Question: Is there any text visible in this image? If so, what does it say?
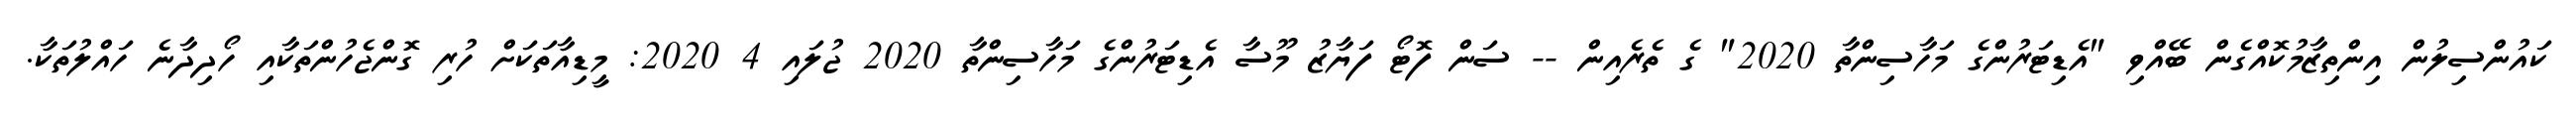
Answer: ކައުންސިލުން އިންތިޒާމުކޮއްގެން ބޭއްވި "އެޑިޓަރުންގެ މަހާސިންތާ 2020" ގެ ތެރެއިން -- ސަން ފޮޓޯ ފަޔާޒު މޫސާ އެޑިޓަރުންގެ މަހާސިންތާ 2020 ޖުލައި 4 2020: މީޑިއާތަކަށް ހުރި ގޮންޖެހުންތަކާއި ހޯދިދާނެ ހައްލުތަކާ.